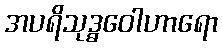
အပရိသုဒ္ဓဝေါဟာရော